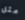
مثل